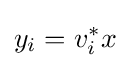
y_{i}=v_{i}^{*}x